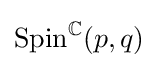
\operatorname {Spin} ^{\mathbb {C} }(p,q)